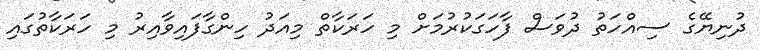
ދުނިޔޭގެ ސިއްހަތު ދުވަސް ފާހަގަކުރުމަށް މި ހަރަކާތް މިއަދު ހިންގާފައިވާއިރު މި ހަރަކާތުގައި